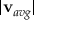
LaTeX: | \mathbf { v } _ { a v g } |